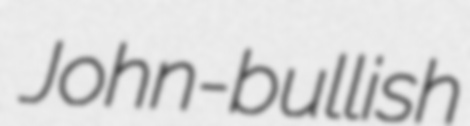
John-bullish